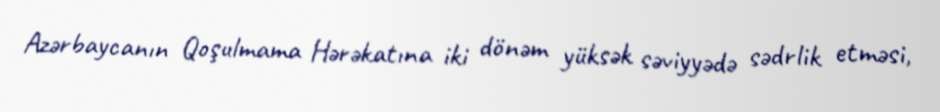
Azərbaycanın Qoşulmama Hərəkatına iki dönəm yüksək səviyyədə sədrlik etməsi,